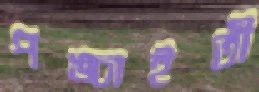
পঙ্চাইতী